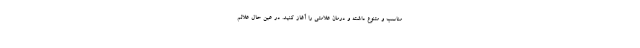
مناسب و متنوع داشته و درمان علامتی را آغاز کنید. در عین حال علائم